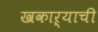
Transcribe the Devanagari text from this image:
खकाऱ्याची